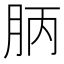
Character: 𣍪